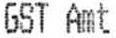
GST AMT